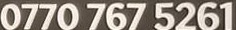
0770 767 5261